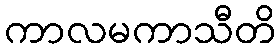
ကာလမကာသီတိ